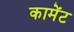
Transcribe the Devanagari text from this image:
कामेंट